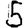
Digit: 5